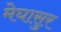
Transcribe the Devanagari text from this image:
मेघासुर